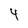
Character: 4